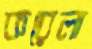
করেলা